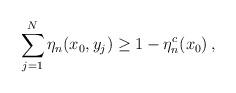
LaTeX: \begin{align*}\sum_{j=1}^N\eta_n(x_0,y_j) \ge1- \eta^c_n(x_0)\,,\end{align*}